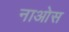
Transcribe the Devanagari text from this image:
नाओस